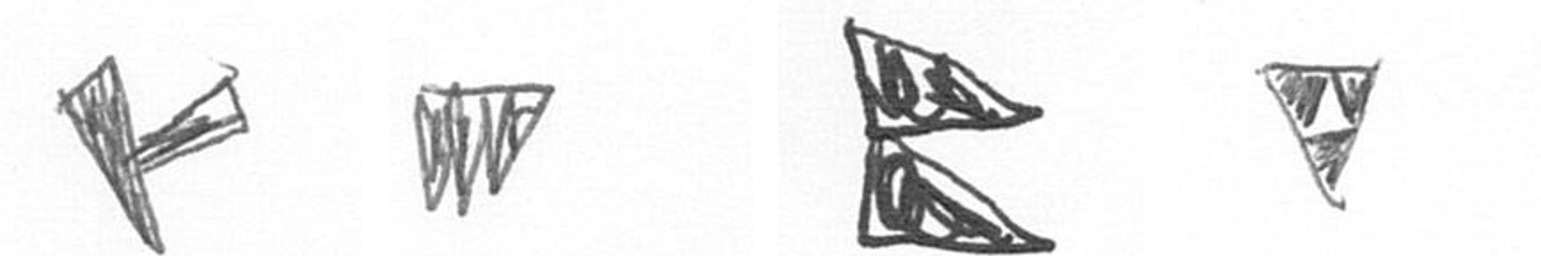
F L P S